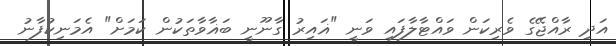
އަދި ރާއްޖޭގެ ވެރިކަން ވައްޓާލާފައި ވަނީ "ޣައިރު ގާނޫނީ ބަޣާވާތަކުން ކަމަށް" އެމަނިކުފާނު